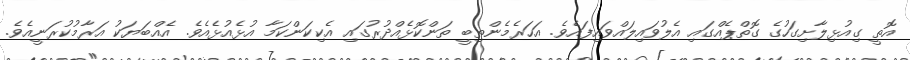
އޮތީ ގިއުޅިލާށިގަހުގެ ގޮތްޕެއްގައި އެލުވައިލައްވައިފައެވެ. އަހަރެމެންތިބީ ތަންކޮޅެއްދުރުގައި އެކިކަންކަމާ އުޅެއުޅެއެވެ. އެއްބަޔަކު އަރާމުކުރަނީއެވެ.